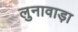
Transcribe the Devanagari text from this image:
लुनावाड़ा